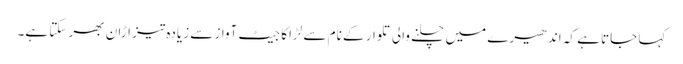
کہا جاتا ہے کہ اندھیرے میں چلنے والی تلوار کے نام سے لڑاکا جیٹ آواز سے زیادہ تیز اڑان بھر سکتا ہے۔